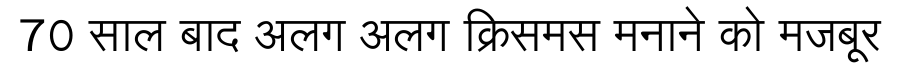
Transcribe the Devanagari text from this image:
70 साल बाद अलग अलग क्रिसमस मनाने को मजबूर